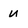
Character: U